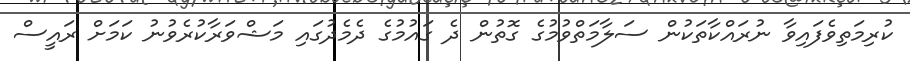
ކުރިމަތިވެފައިވާ ނުރައްކާތަކުން ސަލާމަތްވުމުގެ ގޮތުން ދެ ގައުމުގެ ދެމެދުގައި މަޝްވަރާކުރެވުނު ކަމަށް ރައީސް